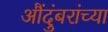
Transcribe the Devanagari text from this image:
औंदुंबरांच्या